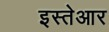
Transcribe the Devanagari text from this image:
इस्तेआर